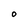
Character: O